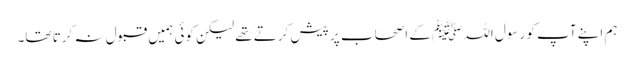
ہم اپنے آپ کو رسول اللہﷺ کے اصحاب پر پیش کرتے تھے لیکن کوئی ہمیں قبول نہ کرتا تھا۔